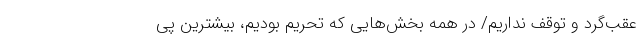
عقب‌گرد و توقف نداریم/ در همه بخش‌هایی که تحریم بودیم، بیشترین پی